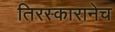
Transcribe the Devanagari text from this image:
तिरस्कारानेच